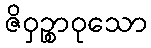
ဇိဝှဉ္စာဝုသော